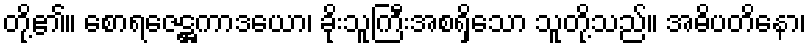
တို့၏။ စောရဇေဋ္ဌကာဒယော၊ ခိုးသူကြီးအစရှိသော သူတို့သည်။ အဓိပတိနော၊